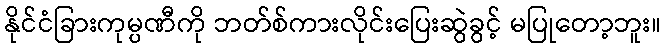
နိုင်ငံခြားကုမ္ပဏီကို ဘတ်စ်ကားလိုင်းပြေးဆွဲခွင့် မပြုတော့ဘူး။